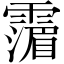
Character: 𩅹